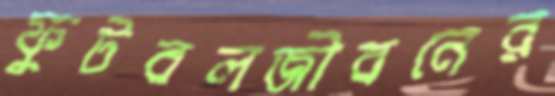
ফুটবলজীবনের